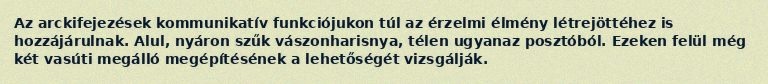
Az arckifejezések kommunikatív funkciójukon túl az érzelmi élmény létrejöttéhez is hozzájárulnak. Alul, nyáron szűk vászonharisnya, télen ugyanaz posztóból. Ezeken felül még két vasúti megálló megépítésének a lehetőségét vizsgálják.